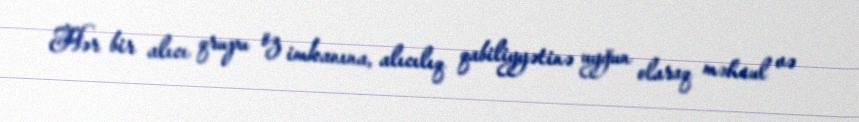
Hər bir alıcı qrupu öz imkanına, alıcılıq qabiliyyətinə uyğun olaraq məhsul və